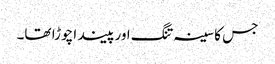
جس کا سینہ تنگ اور پیندا چوڑا تھا۔